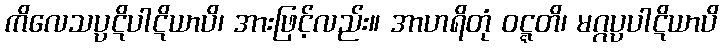
ကိလေသပ္ပဋိပါဋိယာပိ၊ အားဖြင့်လည်း။ အာဟရိတုံ ဝဋ္ဋတိ၊ မဂ္ဂပ္ပပါဋိယာပိ